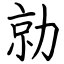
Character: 勍